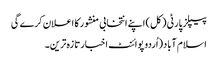
پیپلز پارٹی ( کل) اپنے انتخابی منشور کا اعلان کرے گی
اسلام آباد(اُردو پوائنٹ اخبارتازہ ترین۔